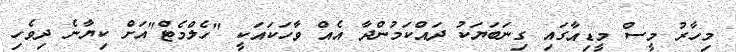
މިހާރު މީސް މީޑިއާގައި ގިނަބަޔަކު ދައްކަމުންދާ އެއް ވާހަކައަކީ "ހެލްމެޓް"އަށް ކިޔާނެ ދިވެހި